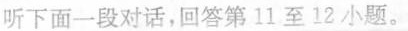
听下面一段对话，回答第11 至 12 小题。